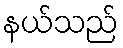
နယ်သည်